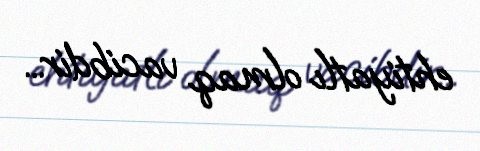
ehtiyatlı olmaq vacibdir...